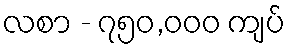
လစာ - ၇၅၀,၀၀၀ ကျပ်